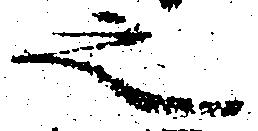
之